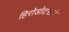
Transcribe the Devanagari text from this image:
हिरोडोटसचे